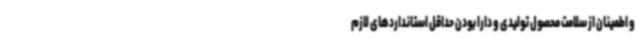
و اطمینان از سلامت محصول تولیدی و دارا بودن حداقل استانداردهای لازم